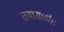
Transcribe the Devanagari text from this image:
तयासाठी।।